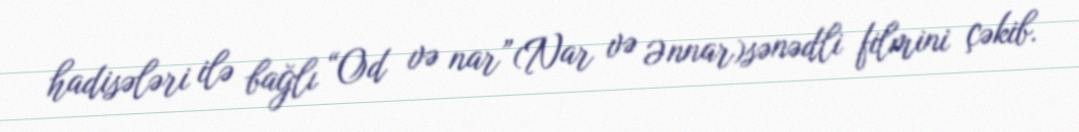
hadisələri ilə bağlı “Od və nar”(Nar və Ənnar)sənədli filmini çəkib.